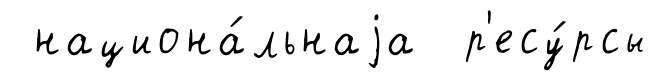
национа́льнаjа р'есу́рсы